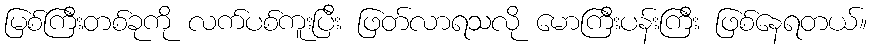
မြစ်ကြီးတစ်ခုကို လက်ပစ်ကူးပြီး ဖြတ်လာရသလို မောကြီးပန်းကြီး ဖြစ်နေရတယ်။